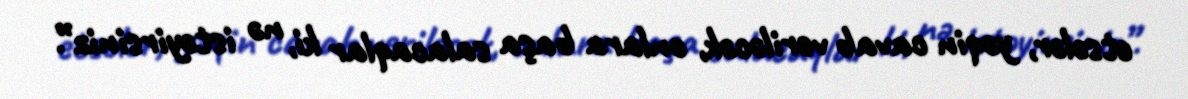
etsələr, yəqin cavab veriləcək, onlara başa salacaqlar ki, nə istəyirsiniz”.